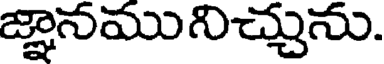
జ్ఞానమునిచ్చును.